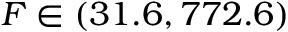
F \in ( 3 1 . 6 , 7 7 2 . 6 )